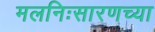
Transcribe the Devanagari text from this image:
मलनिःसारणच्या